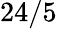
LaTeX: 24/5